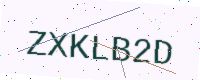
Text: ZXKLB2D